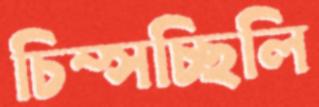
চিম্‌সচ্ছিলি